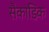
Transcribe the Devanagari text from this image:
सैकाडिक